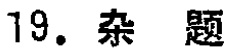
19. 杂 题